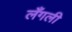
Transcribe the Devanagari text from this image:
लँगली